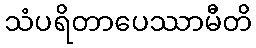
သံပရိတာပေဿာမီတိ